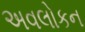
અવલોકન